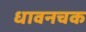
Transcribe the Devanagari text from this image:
धावनचक